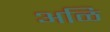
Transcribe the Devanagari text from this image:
अळि